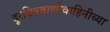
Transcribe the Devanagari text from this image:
दूरचित्रवाणीवाहिनीच्या